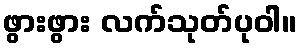
ဖွားဖွား လက်သုတ်ပုဝါ။